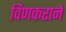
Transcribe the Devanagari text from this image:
विणकराने